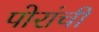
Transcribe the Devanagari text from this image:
पोरांची